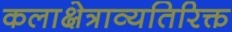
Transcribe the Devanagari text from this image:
कलाक्षेत्राव्यतिरिक्त